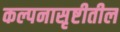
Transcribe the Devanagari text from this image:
कल्पनासृष्टीतील